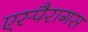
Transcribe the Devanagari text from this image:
एस्पैरागस